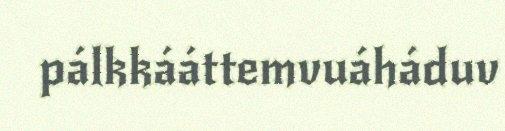
pálkkááttemvuáháduv